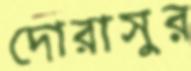
দোরাসুর